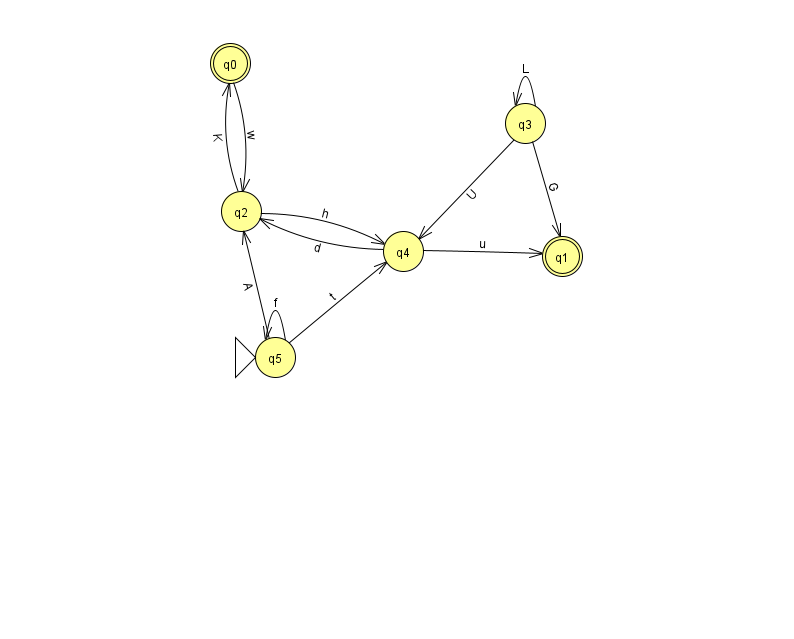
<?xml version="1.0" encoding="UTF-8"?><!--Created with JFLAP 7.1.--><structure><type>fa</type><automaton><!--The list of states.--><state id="0" name="q0"><x>230.0</x><y>50.0</y><final/></state><state id="1" name="q1"><x>562.0</x><y>243.0</y><final/></state><state id="2" name="q2"><x>241.0</x><y>198.0</y></state><state id="3" name="q3"><x>525.0</x><y>110.0</y></state><state id="4" name="q4"><x>403.0</x><y>238.0</y></state><state id="5" name="q5"><x>275.0</x><y>344.0</y><initial/></state><!--The list of transitions.--><transition><from>3</from><to>1</to><read>G</read></transition><transition><from>4</from><to>1</to><read>u</read></transition><transition><from>3</from><to>4</to><read>U</read></transition><transition><from>4</from><to>2</to><read>d</read></transition><transition><from>5</from><to>5</to><read>f</read></transition><transition><from>2</from><to>0</to><read>K</read></transition><transition><from>2</from><to>4</to><read>h</read></transition><transition><from>0</from><to>2</to><read>w</read></transition><transition><from>5</from><to>4</to><read>t</read></transition><transition><from>3</from><to>3</to><read>L</read></transition><transition><from>5</from><to>2</to><read>A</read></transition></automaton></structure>